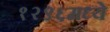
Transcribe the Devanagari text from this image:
१२९६मध्ये